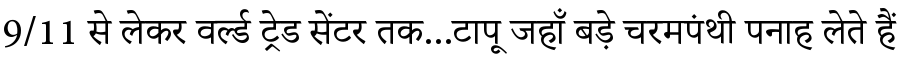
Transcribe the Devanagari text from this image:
9/11 से लेकर वर्ल्ड ट्रेड सेंटर तक...टापू जहाँ बड़े चरमपंथी पनाह लेते हैं